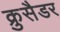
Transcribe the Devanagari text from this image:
क्रुसैडर